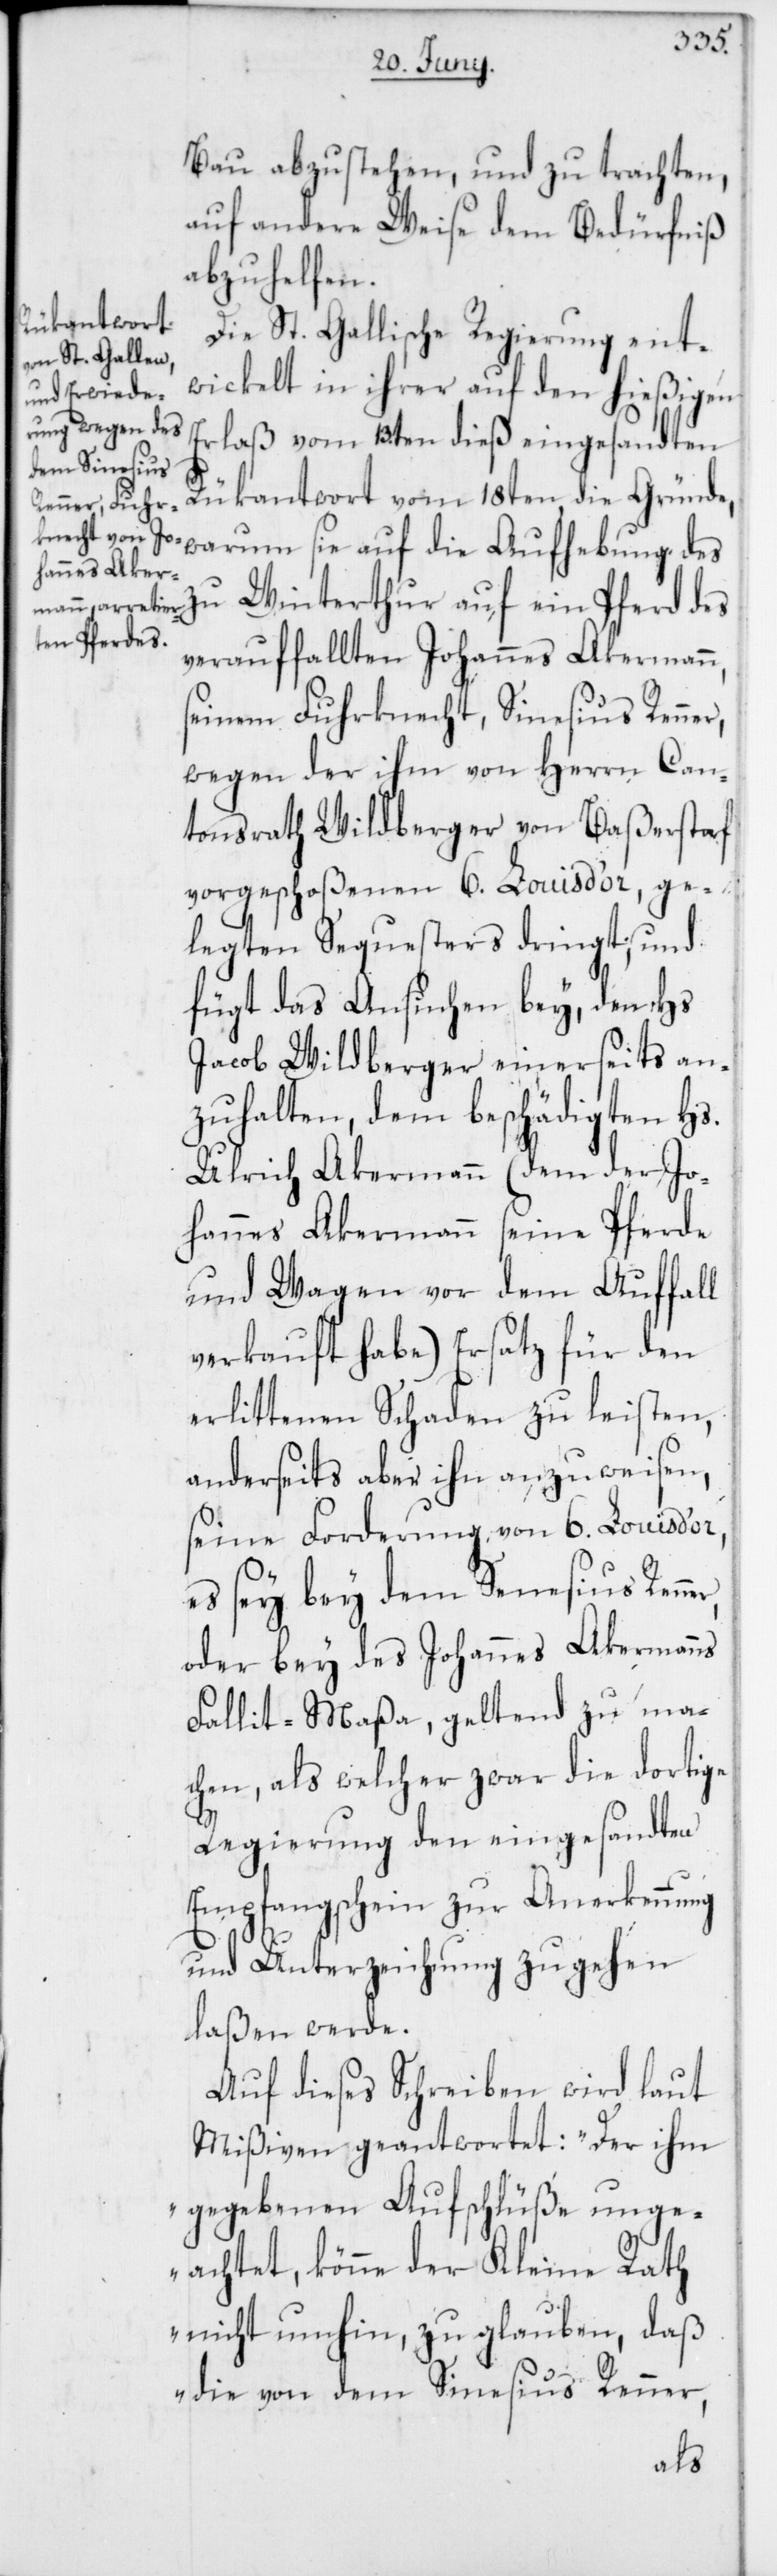
Bau abzustehen, und zu trachten,
auf andere Weise dem Bedürfniß
abzuhelfen.
Die St. Gallische Regierung ent¬
wickelt in ihrer auf den hießigen
Erlaß vom 13ten dieß eingesandten
Rükantwort vom 18ten die Gründe,
warum sie auf die Aufhebung des
zu Winterthur auf ein Pferd des
verauffalleten Johannes Akermann,
seinem Fuhrknecht, Sinesius Renner,
wegen der ihm von Herrn Can¬
tonsrath Wildberger von Baßerstorf
vorgeschoßenen 6. Louis d’or, ge¬
legten Sequesters dringt; und
fügt das Ansuchen bey, den Hs.
Jacob Wildberger einerseits an¬
zuhalten, dem beschädigten Hs.
Ulrich Akermann (dem der Jo¬
hannes Akermann seine Pferde
und Wagen vor dem Auffall
verkauft habe) Ersatz für den
erlittenen Schaden zu leisten,
anderseits aber ihn anzuweisen,
seine Forderung von 6. Louis d’or,
es sey bey dem Senesius [sic!]
oder bey des Johannes Akermanns
Fallit-Maßa, geltend zu ma¬
chen, als welcher zwar die dortige
Regierung den eingesandten
Empfangschein zur Anerkennung
und Unterzeichnung zugehen
laßen werde.
Auf dieses Schreiben wird laut
Mißiven geantwortet: „Der ihm
gegebenen Aufschlüße unge¬
achtet, könne der Kleine Rath
nicht umhin, zu glauben, daß
die von dem Sinesius Renner,